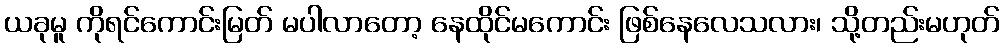
ယခုမူ ကိုရင်ကောင်းမြတ် မပါလာတော့ နေထိုင်မကောင်း ဖြစ်နေလေသလား၊ သို့တည်းမဟုတ်